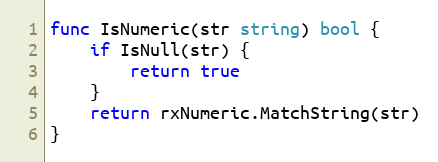
Language: Go
func IsNumeric(str string) bool {
	if IsNull(str) {
		return true
	}
	return rxNumeric.MatchString(str)
}